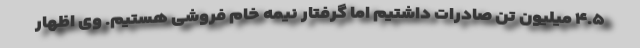
۴.۵ میلیون تن صادرات داشتیم اما گرفتار نیمه خام فروشی هستیم. وی اظهار